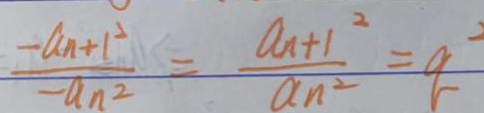
\frac { - a _ { n } + 1 ^ { 2 } } { - a _ { n ^ { 2 } } } = \frac { a _ { n } + 1 ^ { 2 } } { a _ { n ^ { 2 } } } = q ^ { 2 }